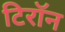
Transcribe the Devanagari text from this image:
टिरॉन